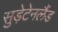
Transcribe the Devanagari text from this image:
सुड़ेटेनलैंड